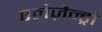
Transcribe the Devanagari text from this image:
एलेज़ैन्ड्रो